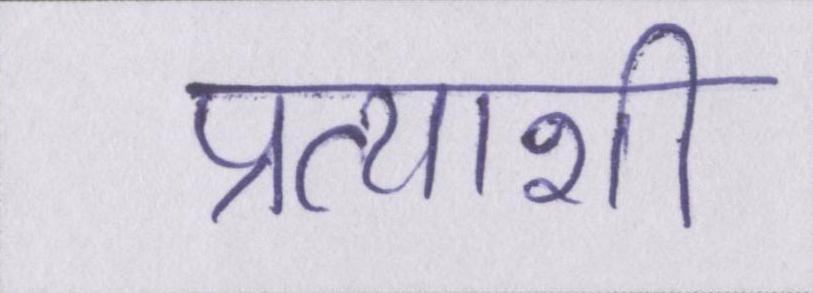
प्रत्याशी